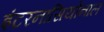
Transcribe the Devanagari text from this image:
इंटरनासियोनाल